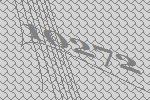
10272